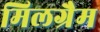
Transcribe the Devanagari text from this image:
मिलग्रैम